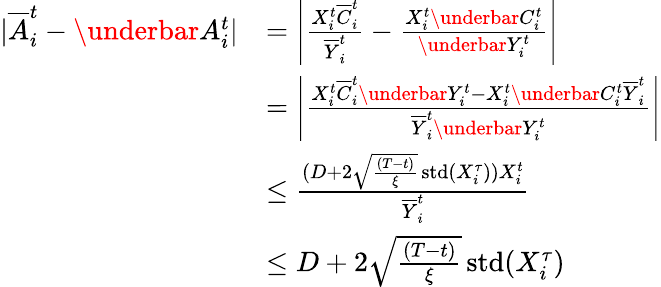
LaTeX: \begin{array}{rl}{\vert\overline{{A}}_{i}^{t}-\underbar{A}_{i}^{t}\vert}&{=\left\vert\frac{X_{i}^{t}\overline{{C}}_{i}^{t}}{\overline{{Y}}_{i}^{t}}-\frac{X_{i}^{t}\underbar{C}_{i}^{t}}{\underbar{Y}_{i}^{t}}\right\vert}\\ &{=\left\vert\frac{X_{i}^{t}\overline{{C}}_{i}^{t}\underbar{Y}_{i}^{t}-X_{i}^{t}\underbar{C}_{i}^{t}\overline{{Y}}_{i}^{t}}{\overline{{Y}}_{i}^{t}\underbar{Y}_{i}^{t}}\right\vert}\\ &{\leq\frac{(D+2\sqrt{\frac{(T-t)}{{\xi}}}\operatorname{std}(X_{i}^{\tau}))X_{i}^{t}}{\overline{{Y}}_{i}^{t}}}\\ &{\leq D+2\sqrt{\frac{(T-t)}{{\xi}}}\operatorname{std}(X_{i}^{\tau})}\end{array}